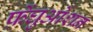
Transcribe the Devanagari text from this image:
फ़ेंघुओशन